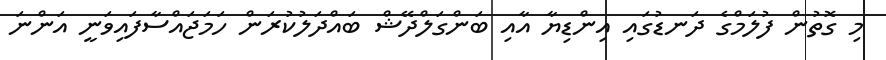
މި ގޮތުން ފުލަމްގެ ދަނޑުގައި އިންޑިޔާ އާއި ބަންގަލްދޭޝް ބައްދަލުކުރަން ހަމަޖައްސާފައިވަނީ އަންނަ